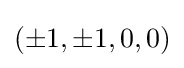
(\pm 1,\pm 1,0,0)